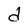
Character: d